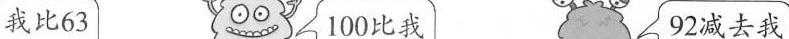
我比63 100比我 92减去我